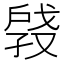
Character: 𫼑